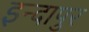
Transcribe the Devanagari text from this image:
इन्दापुर